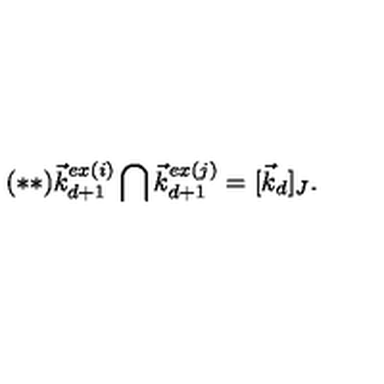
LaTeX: ( * * ) \vec { k } _ { d + 1 } ^ { e x ( i ) } \bigcap \vec { k } _ { d + 1 } ^ { e x ( j ) } = [ \vec { k } _ { d } ] _ { J } .